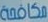
مكافحة